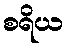
စရိယ